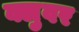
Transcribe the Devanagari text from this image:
क्लुवर